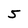
Character: 5